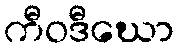
ကီဝဒီဃော